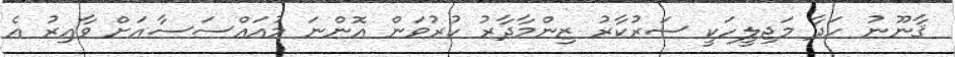
ޤާނޫނު ހަދާ މަޖިލީހަކީ ސަރުކާރު ޒިންމާދާރު ކުރުވަން އޮންނަ މުއައްސަސާއަށް ވާއިރު އެ